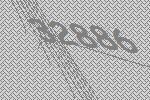
32886